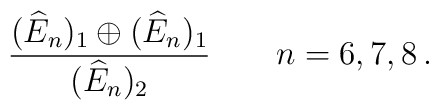
\frac{(\widehat{E}_{n})_{1}\oplus(\widehat{E}_{n})_{1}}{(\widehat{E}_{n})_{2}}\qquad n=6,7,8\,.